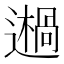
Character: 𨗷